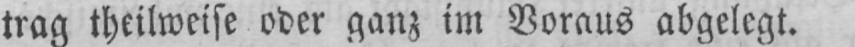
trag theilweise oder ganz im Voraus abgelegt.